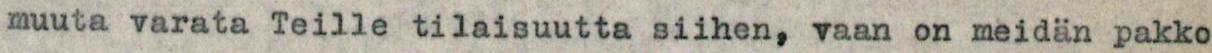
muuta varata Teille tilaisuutta siihen, vaan on meidän pakko